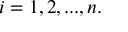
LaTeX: i = 1 , 2 , . . . , n .